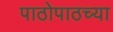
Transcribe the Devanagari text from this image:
पाठोपाठच्या